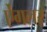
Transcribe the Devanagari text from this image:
ऐंगलर